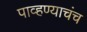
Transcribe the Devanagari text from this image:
पाव्हण्याचंच